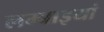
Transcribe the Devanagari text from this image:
लम्बाइयां